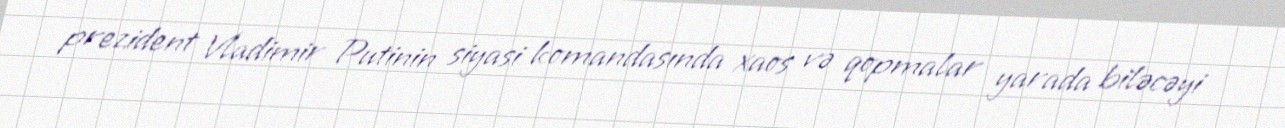
prezident Vladimir Putinin siyasi komandasında xaos və qopmalar yarada biləcəyi